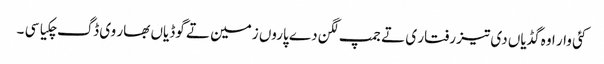
کئی وار اوہ گڈیاں دی تیز رفتار ی تے جمپ لگن دے پاروں زمین تے گوڈیاں بھار وی ڈگ چکیا سی ۔